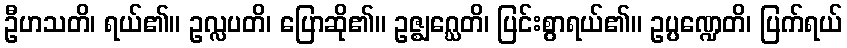
ဦဟသတိ၊ ရယ်၏။ ဥလ္လပတိ၊ ပြောဆို၏။ ဥဇ္ဈဂ္ဃေတိ၊ ပြင်းစွာရယ်၏။ ဥပ္ပဏ္ဍေတိ၊ ပြက်ရယ်